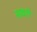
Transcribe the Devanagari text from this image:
मावरी